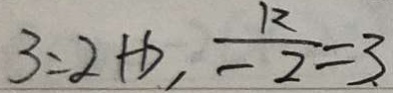
3 = 2 + b , \frac { k } { - 2 } = 3 \cdot